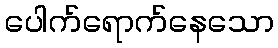
ပေါက်ရောက်နေသော